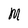
Character: M